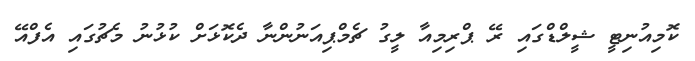
ކޮމިއުނިޓީ ޝީލްޑްގައި ރޭ ޕްރިމިއާ ލީގު ޗެމްޕިއަނުންނާ ދެކޮޅަށް ކުޅުނު މެޗުގައި އެފްއޭ